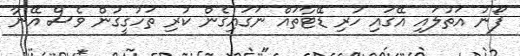
ފޯނު އަތުލައި އޭގައި ހުރި ޑޭޓާތައް ނަގައިގެން ކުރި ތަހުގީގުން ވެސް އޭނާ